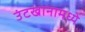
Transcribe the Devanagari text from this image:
उंटखानामध्ये